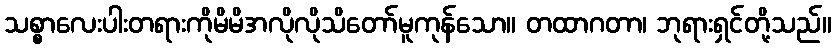
သစ္စာလေးပါးတရားကိုမိမိအလိုလိုသိတော်မူကုန်သော။ တထာဂတာ၊ ဘုရားရှင်တို့သည်။